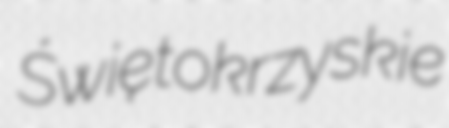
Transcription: Świętokrzyskie